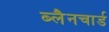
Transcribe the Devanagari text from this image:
ब्लैनचार्ड